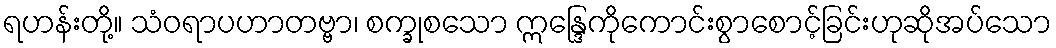
ရဟန်းတို့။ သံဝရာပဟာတဗ္ဗာ၊ စက္ခုစသော ဣန္ဒြေကိုကောင်းစွာစောင့်ခြင်းဟုဆိုအပ်သော